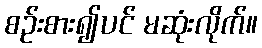
စဉ်းစား၍ပင် မဆုံးလိုက်။